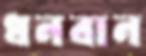
ধনবান